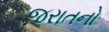
જરાતનો